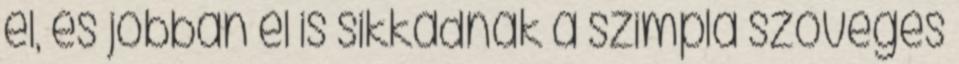
el, és jobban el is sikkadnak a szimpla szöveges